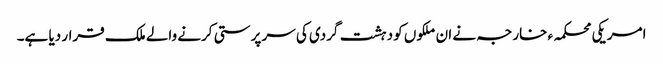
امریکی محکمہء خارجہ نے ان ملکوں کو دہشت گردی کی سر پرستی کرنے والے ملک قرار دیا ہے۔